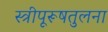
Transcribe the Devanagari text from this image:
स्त्रीपूरूषतुलना